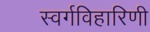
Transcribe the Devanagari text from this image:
स्वर्गविहारिणी